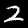
Label: 2